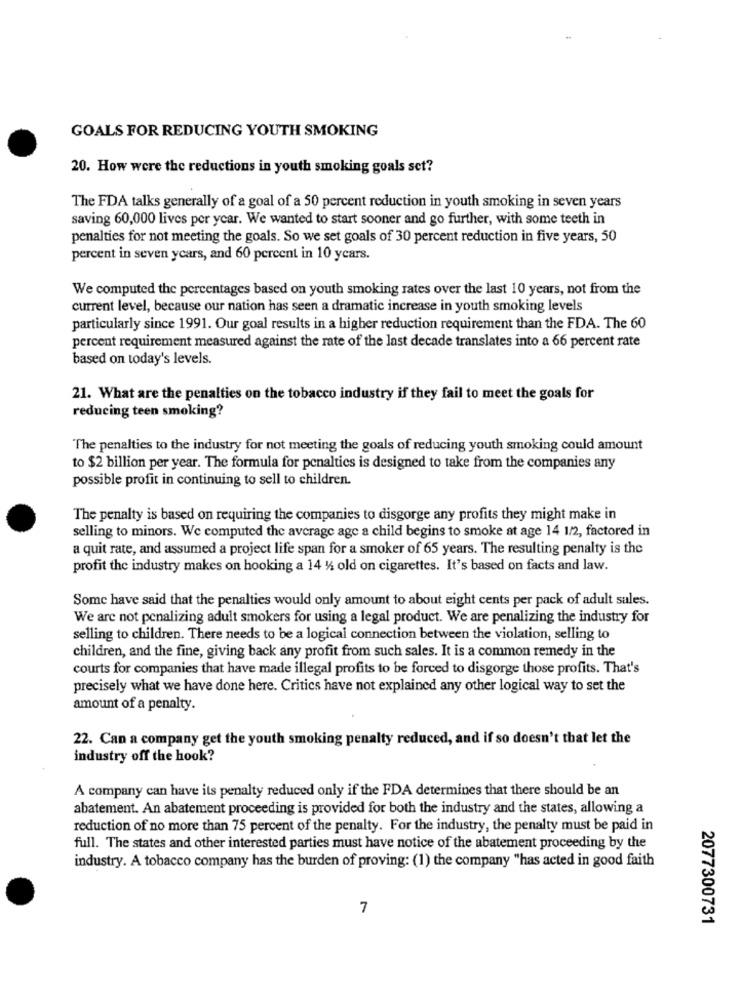
GOALS FOR REDUCING YOUTH SMOKING
20. How were the reductions in youth smoking goals set?
The FDA talks generally of a goal of a 50 percent reduction in youth smoking in seven years
saving 60,000 lives per year. We wanted to start sooner and go further, with some teeth in
penalties for not meeting the goals. So we set goals of 30 percent reduction in five years, 50
percent in seven years, and 60 percent in 10 years.
We computed the percentages based on youth smoking rates over the last 10 years, not from the
current level, because our nation has seen a dramatic increase in youth smoking levels
particularly since 1991. Our goal results in a higher reduction requirement than the FDA. The 60
percent requirement measured against the rate of the last decade translates into a 66 percent rate
based on today's levels.
21. What are the penalties on the tobacco industry if they fail to meet the goals for
reducing teen smoking?
The penalties to the industry for not meeting the goals of reducing youth smoking could amount
to $2 billion per year. The formula for penalties is designed to take from the companies any
possible profit in continuing to sell to children.
The penalty is based on requiring the companies to disgorge any profits they might make in
selling to minors. We computed the average age a child begins to smoke at age 14 1/2, factored in
a quit rate, and assumed a project life span for a smoker of 65 years. The resulting penalty is the
profit the industry makes on hooking a 14 4 old on cigarettes. It's based on facts and law.
Some have said that the penalties would only amount to about eight cents per pack of adult sales.
We are not penalizing adult smokers for using a legal product. We are penalizing the industry for
selling to children. There needs to be a logical connection between the violation, selling to
children, and the fine, giving back any profit from such sales. It is a common remedy in the
courts for companies that have made illegal profits to be forced to disgorge those profits. That's
precisely what we have done here. Critics have not explained any other logical way to set the
amount of a penalty.
22. Can a company get the youth smoking penalty reduced, and if so doesn't that let the
industry off the hook?
A company can have its penalty reduced only if the FDA determines that there should be an
abatement. An abatement proceeding is provided for both the industry and the states, allowing a
reduction of no more than 75 percent of the penalty. For the industry, the penalty must be paid in
full. The states and other interested parties must have notice of the abatement proceeding by the
industry. A tobacco company has the burden of proving: (1) the company "has acted in good faith
7
2077300731